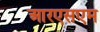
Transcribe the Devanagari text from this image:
आरएसएम